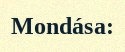
Mondása: